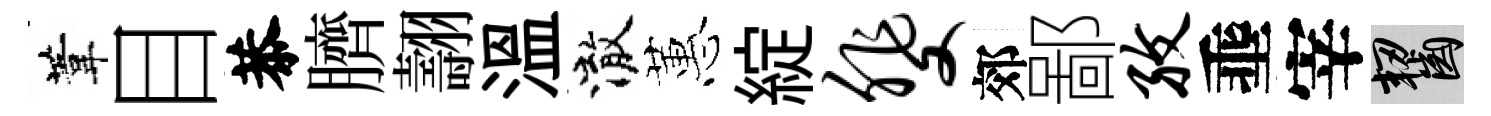
葦目恭臍翿温澈蕙綻斐郊鄙孜埀宰齧